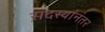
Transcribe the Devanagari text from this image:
सदस्यांनंतर